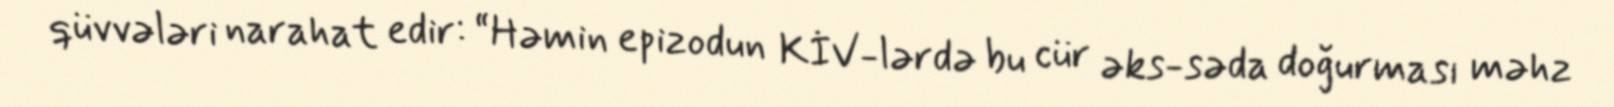
qüvvələri narahat edir: “Həmin epizodun KİV-lərdə bu cür əks-səda doğurması məhz